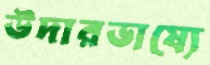
উদারভাষ্যে